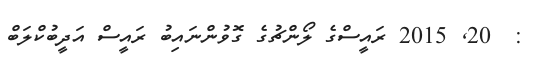
:  20